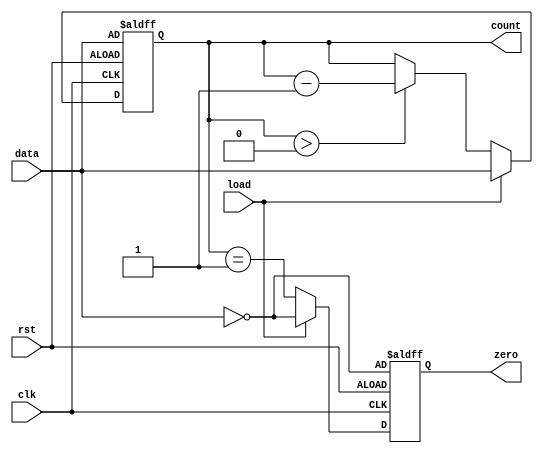
module MemoryBlocksDownCounter (
    input wire clk,        // Clock signal
    input wire rst,        // Asynchronous reset signal
    input wire load,       // Load control signal
    input wire [7:0] data, // Input data for loading the counter
    output reg [7:0] count, // Current count value
    output reg zero        // Zero flag
);

    // Initial count value
    initial begin
        count = 8'd0; // Initialize count to 0
        zero = 1'b1;  // Initialize zero flag to high
    end

    // Asynchronous reset and load operation
    always @(posedge clk or posedge rst) begin
        if (rst) begin
            count <= data; // Load initial value from data on reset
            zero <= (data == 8'd0); // Set zero flag if initial value is zero
        end else if (load) begin
            count <= data; // Load new value into counter
            zero <= (data == 8'd0); // Update zero flag based on loaded value
        end else begin
            if (count > 8'd0) begin
                count <= count - 1; // Decrement count
            end
            zero <= (count == 8'd1); // Set zero flag if count is about to reach zero
        end
    end

endmodule